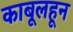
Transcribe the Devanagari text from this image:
काबूलहून